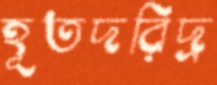
হূতদরিদ্র